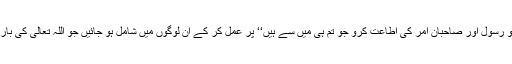
اللہ کی اطاعت کرو رسول اور صاحبانِ امر کی اطاعت کرو جو تم ہی میں سے ہیں‘‘ پر عمل کر کے ان لوگوں میں شامل ہو جائیں جو اللہ تعالیٰ کی بارگاہ میں مقرب ہیں۔